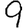
Digit: 9